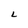
Character: L